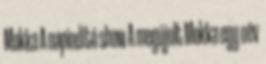
Mokka A napindító show A megújult Mokka egy név